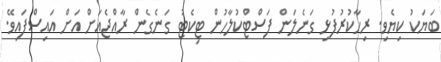
ބަޔަކު ކިޔެވި. ރިހާކުރުފުޅި ގަނެލަން ފަސްޓްކުލާހުން ޓިކެޓު ގަނެގެން ރާއްޖެއަށް އަށް އައިސްފައިވޭ.